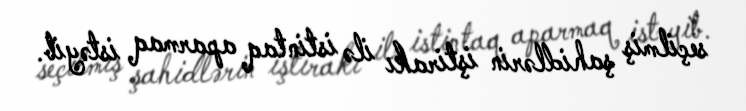
seçilmiş şahidlərin iştirakı ilə istintaq aparmaq istəyib.